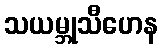
သယမ္ဘုသီဟေန